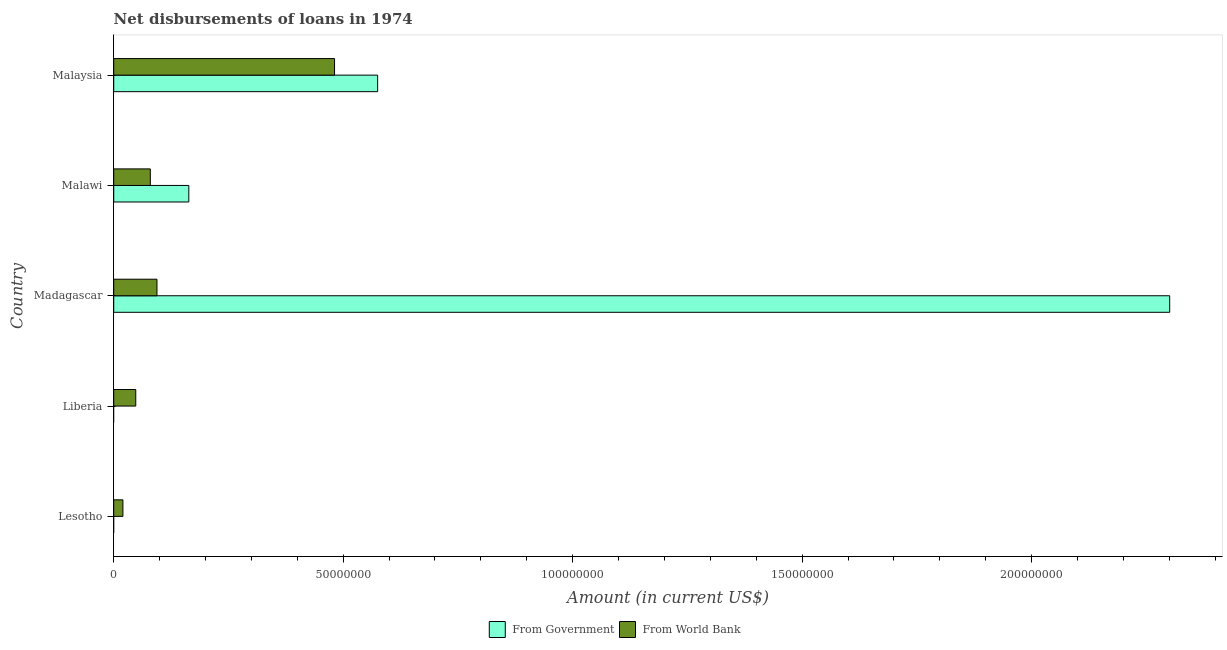
| Country | From Government | From World Bank |
 | --- | --- | --- |
 | Lesotho | -3.2e+04 | 2e+06 |
 | Liberia | -4.33e+06 | 4.8e+06 |
 | Madagascar | 2.3e+08 | 9.42e+06 |
 | Malawi | 1.64e+07 | 7.97e+06 |
 | Malaysia | 5.75e+07 | 4.81e+07 |